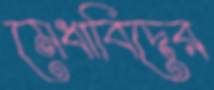
মেধাবিদের